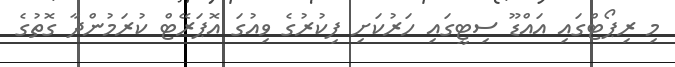
މި ރިޕޯޓްގައި އައްޑޫ ސިޓީގައި ހަރުކަށި ފިކުރުގެ ވިއުގަ އޮޕަރޭޓް ކުރަމުންދާ ގޮތުގެ